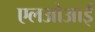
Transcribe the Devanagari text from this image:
एलओआई